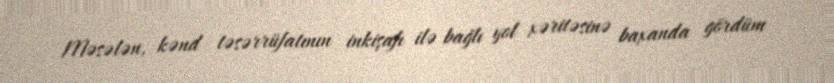
Məsələn, kənd təsərrüfatının inkişafı ilə bağlı yol xəritəsinə baxanda gördüm